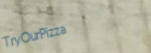
TryOurPizza